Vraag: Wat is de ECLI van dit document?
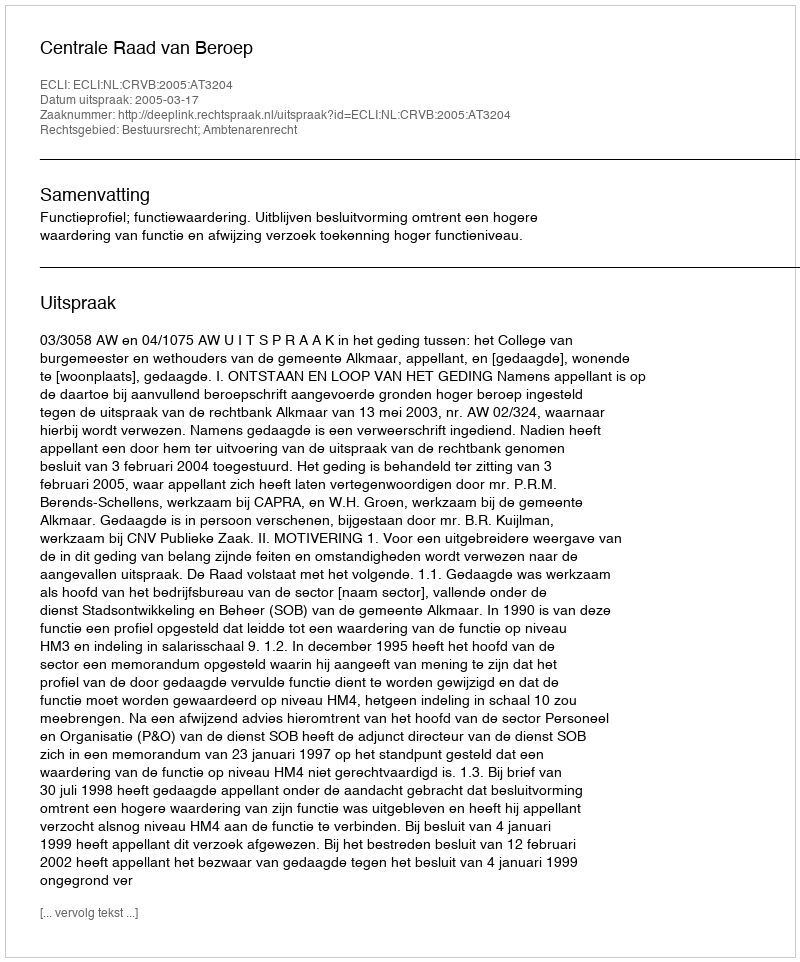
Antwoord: ECLI:NL:CRVB:2005:AT3204